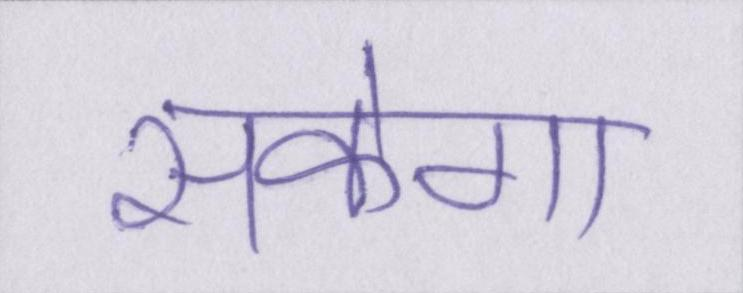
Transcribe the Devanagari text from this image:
सकेगा